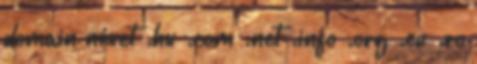
domain nevet .hu .com .net .info .org .eu .ro